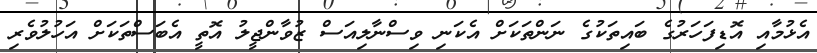
އެޅުމާއި އޮޑިފަހަރުގެ ބައިތަކުގެ ނަންތަކަށް އެކަނި ވިސްނާލިއަސް ޒުވާންޖީލު އޮތީ އެބަސްތަކަށް އަހުލުވެރި